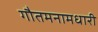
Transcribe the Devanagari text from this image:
गौतमनामधारी